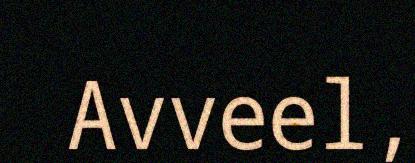
Avveel,